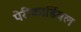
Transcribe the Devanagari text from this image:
पेरीकार्डियल